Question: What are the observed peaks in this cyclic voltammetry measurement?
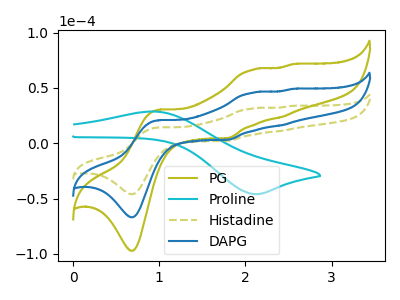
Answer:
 <answer>The olive curve "PG" has anodic peaks at (1.00V, 41.75uA) (2.10V, 91.50uA) (2.40V, 32.55uA) (2.55V, 98.30uA) and cathodic peaks at (0.70V, -133.60uA) (1.80V, 6.45uA). The cyan curve "Proline" has an anodic peak at (0.95V, 28.75uA) and a cathodic peak at (2.10V, -45.90uA). The olive dashed curve "Histadine" has anodic peaks at (1.00V, 14.35uA) (2.10V, 31.45uA) (2.40V, 11.20uA) (2.55V, 33.80uA) and cathodic peaks at (0.70V, -45.95uA) (1.80V, 2.20uA). The blue curve "DAPG" has anodic peaks at (1.00V, 20.90uA) (2.10V, 45.75uA) (2.40V, 16.25uA) (2.55V, 49.15uA) and cathodic peaks at (0.70V, -66.80uA) (1.80V, 3.25uA).</answer>
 <eval></eval>